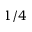
1 / 4